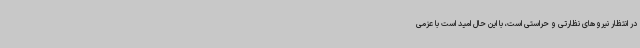
در انتظار نیروهای نظارتی و حراستی است، با این حال امید است با عزمی